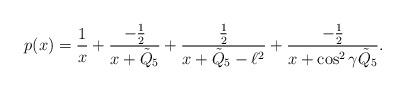
LaTeX: \begin{align*}p(x)={1\over x}+{-{1\over 2}\over x+\tilde{Q}_{5} }+{{1\over2}\over x+\tilde{Q}_{5}-\ell^2}+{-{1\over 2}\over x+\cos^2\gamma \tilde{Q}_{5} }.\end{align*}